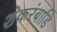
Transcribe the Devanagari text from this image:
शंकरंबाडि